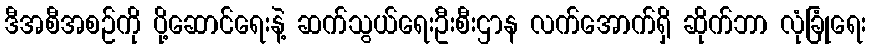
ဒီအစီအစဉ်ကို ပို့ဆောင်ရေးနဲ့ ဆက်သွယ်ရေးဦးစီးဌာန လက်အောက်ရှိ ဆိုက်ဘာ လုံခြုံရေး